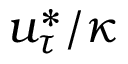
u _ { \tau } ^ { * } / \kappa